Report of the Indian Hemp Drugs Commission, 1894-1895 - Volume IV
Year: 1894
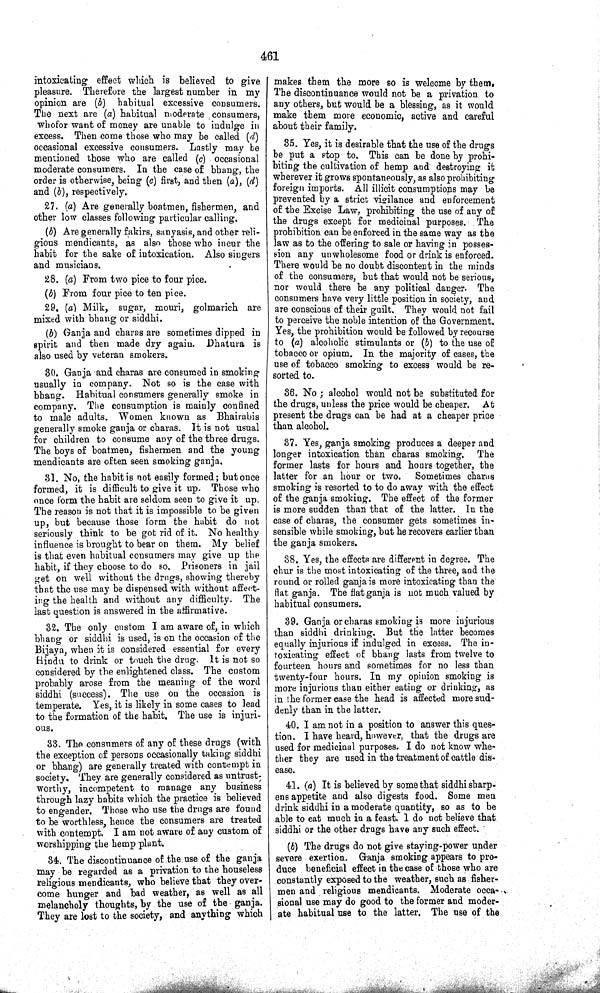
461
intoxicating effect which is believed to give
pleasure. Therefore the largest number in my
opinion are (b) habitual excessive consumers.
The next are (a) habitual moderate consumers,
whofor want of money are unable to indulge in
excess. Then come those who may be called (d)
occasional excessive consumers. Lastly may be
mentioned those who are called (c) occasional
moderate consumers. In the case of bhang, the
order is otherwise, being (c) first, and then (a), (d)
and (b), respectively.
27. (a) Are generally boatmen, fishermen, and
other low classes following particular calling.
(b) Are generally fakirs, sanyasis, and other reli-
gious mendicants, as also those who incur the
habit for the sake of intoxication. Also singers
and musicians.
28. (a) From two pice to four pice.
(b) From four pice to ten pice.
29. (a) Milk, sugar, mouri, golmarich are
mixed with bhang or siddhi.
(b) Ganja and charas are sometimes dipped in
spirit and then made dry again. Dhatura is
also used by veteran smokers.
30. Ganja and charas are consumed in smoking
usually in company. Not so is the case with
bhang. Habitual consumers generally smoke in
company. The consumption is mainly confined
to male adults. Women known as Bhairabis
generally smoke ganja or charas. It is not usual
for children to consume any of the three drugs.
The boys of boatmen, fishermen and the young
mendicants are often seen smoking ganja.
31. No, the habit is not easily formed; but once
formed, it is difficult to give it up. Those who
once form the habit are seldom seen to give it up.
The reason is not that it is impossible to be given
up, but because those form the habit do not
seriously think to be got rid of it. No healthy
influence is brought to bear on them. My belief
is that even habitual consumers may give up the
habit, if they choose to do so. Prisoners in jail
get on well without the drugs, showing thereby
that the use may be dispensed with without affect-
ing the health and without any difficulty. The
last question is answered in the affirmative.
32. The only custom I am aware of, in which
bhang or siddhi is used, is on the occasion of the
Bijaya, when it is considered essential for every
Hindu to drink or touch the drug. It is not so
considered by the enlightened class. The custom
probably arose from the meaning of the word
siddhi (success). The use on the occasion is
temperate. Yes, it is likely in some cases to lead
to the formation of the habit. The use is injuri-
ous.
33. The consumers of any of these drugs (with
the exception of persons occasionally taking siddhi
or bhang) are generally treated with contempt in
society. They are generally considered as untrust-
worthy, incompetent to manage any business
through lazy habits which the practice is believed
to engender. Those who use the drugs are found
to be worthless, hence the consumers are treated
with contempt. I am not aware of any custom of
worshipping the hemp plant.
34. The discontinuance of the use of the ganja
may be regarded as a privation to the houseless
religious mendicants, who believe that they over-
come hunger and bad weather, as well as all
melancholy thoughts, by the use of the ganja.
They are lost to the society, and anything which
makes them the more so is welcome by them.
The discontinuance would not be a privation to
any others, but would be a blessing, as it would
make them more economic, active and careful
about their family.
35. Yes, it is desirable that the use of the drugs
be put a stop to. This can be done by prohi-
biting the cultivation of hemp and destroying it
wherever it grows spontaneously, as also prohibiting
foreign imports. All illicit consumptions may be
prevented by a strict vigilance and enforcement
of the Excise Law, prohibiting the use of any of
the drugs except for medicinal purposes. The
prohibition can be enforced in the same way as the
law as to the offering to sale or having in posses-
sion any unwholesome food or drink is enforced.
There would be no doubt discontent in the minds
of the consumers, but that would not be serious,
nor would there be any political danger. The
consumers have very little position in society, and
are conscious of their guilt. They would not fail
to perceive the noble intention of the Government.
Yes, the prohibition would be followed by recourse
to (a) alcoholic stimulants or (b) to the use of
tobacco or opium. In the majority of cases, the
use of tobacco smoking to excess would be re-
sorted to.
36. No; alcohol would not be substituted for
the drugs, unless the price would be cheaper. At
present the drugs can be had at a cheaper price
than alcohol.
37. Yes, ganja smoking produces a deeper and
longer intoxication than charas smoking. The
former lasts for hours and hours together, the
latter for an hour or two.
Sometimes charas
smoking is resorted to to do away with the effect
of the ganja smoking. The effect of the former
is more sudden than that of the latter. In the
case of charas, the consumer gets sometimes in-
sensible while smoking, but he recovers earlier than
the ganja smokers.
38. Yes, the effects are different in degree. The
chur is the most intoxicating of the three, and the
round or rolled ganja is more intoxicating than the
flat ganja. The flat ganja is not much valued by
habitual consumers.
39. Ganja or charas smoking is more injurious
than siddhi drinking. But the latter becomes
equally injurious if indulged in excess. The in-
toxicating effect of bhang lasts from twelve to
fourteen hours and sometimes for no less than
twenty-four hours. In my opinion smoking is
more injurious than either eating or drinking, as
in the former case the head is affected more sud-
denly than in the latter.
40. I am not in a position to answer this ques-
tion. I have heard, however, that the drugs are
used for medicinal purposes. I do not know whe-
ther they are used in the treatment of cattle dis-
ease.
41. (a) It is believed by some that siddhi sharp-
ens appetite and also digests food. Some men
drink siddhi in a moderate quantity, so as to be
able to eat much in a feast. I do not believe that
siddhi or the other drugs have any such effect.
(b) The drugs do not give staying-power under
severe exertion. Ganja smoking appears to pro-
duce beneficial effect in the case of those who are
constantly exposed to the weather, such as fisher-
men and religious mendicants. Moderate occa-
sional use may do good to the former and moder-
ate habitual use to the latter. The use of the